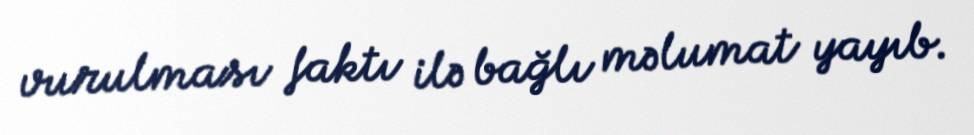
vurulması faktı ilə bağlı məlumat yayıb.